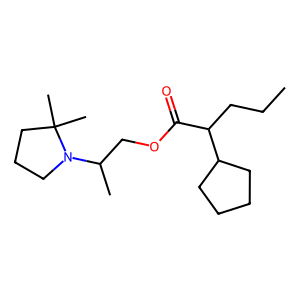
SMILES: CCCC(C(=O)OCC(C)N1CCCC1(C)C)C1CCCC1
Inhibits HIV replication: No